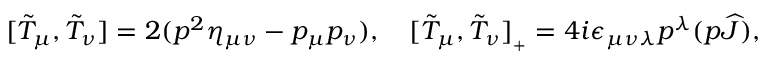
[ \tilde { \cal T } _ { \mu } , \tilde { \cal T } _ { \nu } ] = 2 ( p ^ { 2 } \eta _ { \mu \nu } - p _ { \mu } p _ { \nu } ) , \quad [ \tilde { \cal T } _ { \mu } , \tilde { \cal T } _ { \nu } ] _ { { } _ { + } } = 4 i \epsilon _ { \mu \nu \lambda } p ^ { \lambda } ( p \widehat { J } ) ,